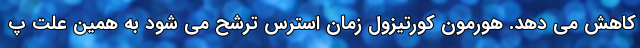
کاهش می دهد. هورمون کورتیزول زمان استرس ترشح می شود به همین علت پ